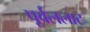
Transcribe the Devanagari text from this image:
पूर्वललाट